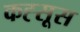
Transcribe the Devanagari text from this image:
कह्सूस